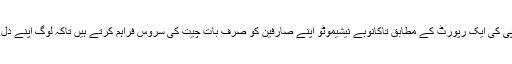
فرانسیسی خبر رساں ادارے اے ایف پی کی ایک رپورٹ کے مطابق تاکانوبے نیشیموٹو اپنے صارفین کو صرف بات چیت کی سروس فراہم کرتے ہیں تاکہ لوگ اپنے دل کا بوجھ کم کر کے تازہ دم ہو سکیں۔